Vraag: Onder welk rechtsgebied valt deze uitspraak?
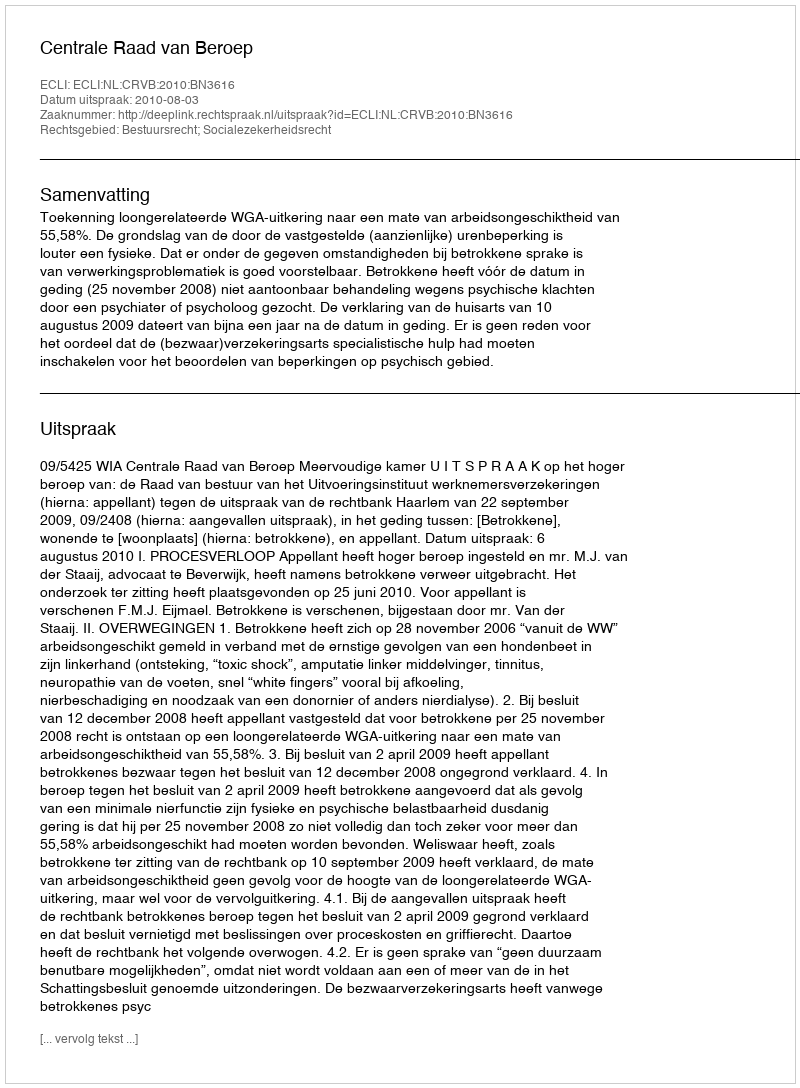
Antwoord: Bestuursrecht; Socialezekerheidsrecht